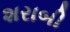
શરાબી